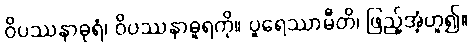
ဝိပဿနာဓုရံ၊ ဝိပဿနာဓူရကို။ ပူရေဿာမီတိ၊ ဖြည့်အံ့ဟူ၍။